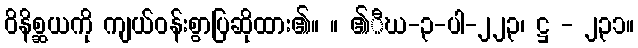
ဝိနိစ္ဆယကို ကျယ်ဝန်းစွာပြဆိုထား၏။ ။ ၏ီဃ-၃-ပါ-၂၂၃၊ ဋ္ဌ - ၂၃၁။